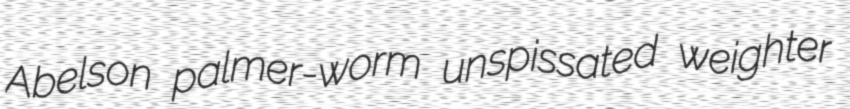
Abelson palmer-worm unspissated weighter